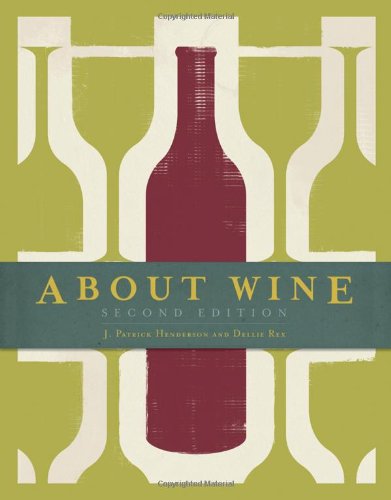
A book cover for About Wine; J. Patrick Henderson; Cookbooks, Food & Wine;